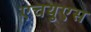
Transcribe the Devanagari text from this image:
एचयुएस